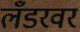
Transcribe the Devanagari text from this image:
लँडरवर